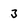
Character: 3